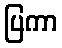
ပြကာ